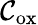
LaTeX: \mathcal{C}_{\mathrm{{ox}}}